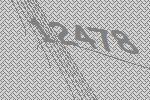
12478